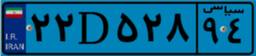
۲۲D۵۲۸۹۴